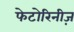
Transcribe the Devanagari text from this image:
फेटोरिनीज़